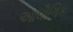
આધૌગિક